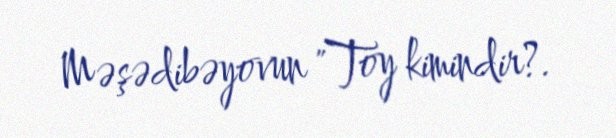
Məşədibəyovun "Toy kimindir?.